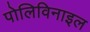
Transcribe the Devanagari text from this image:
पोलिविनाइल